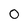
Character: 0